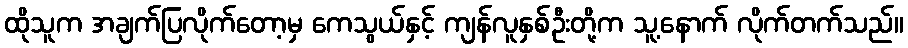
ထိုသူက အချက်ပြလိုက်တော့မှ ကေသွယ်နှင့် ကျန်လူနှစ်ဦးတို့က သူ့နောက် လိုက်တက်သည်။